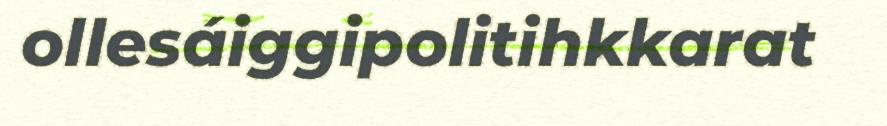
ollesáiggipolitihkkarat